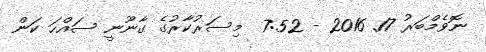
ނޮވެމްބަރު 17